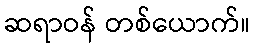
ဆရာဝန် တစ်ယောက်။